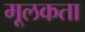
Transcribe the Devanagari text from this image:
मूलकता